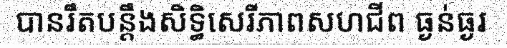
បានរឹតបន្តឹងសិទ្ធិសេរីភាពសហជីព ធ្ងន់ធ្ងរ